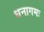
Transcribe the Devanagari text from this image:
धनागमः